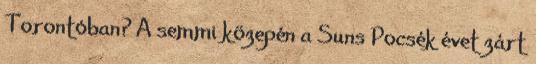
Torontóban? A semmi közepén a Suns Pocsék évet zárt